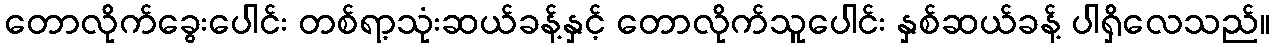
တောလိုက်ခွေးပေါင်း တစ်ရာ့သုံးဆယ်ခန့်နှင့် တောလိုက်သူပေါင်း နှစ်ဆယ်ခန့် ပါရှိလေသည်။